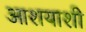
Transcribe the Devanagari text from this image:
आशयाशी